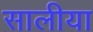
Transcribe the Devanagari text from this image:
सालीया